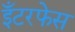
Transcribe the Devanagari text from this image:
इँटरफेस